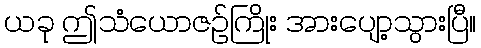
ယခု ဤသံယောဇဉ်ကြိုး အားပျော့သွားပြီ။